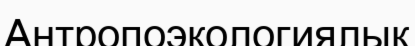
Антропоэкологиялық